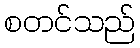
စတင်သည်